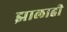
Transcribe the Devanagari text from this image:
झालाही